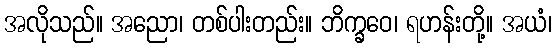
အလိုသည်။ အညော၊ တစ်ပါးတည်း။ ဘိက္ခဝေ၊ ရဟန်းတို့။ အယံ၊